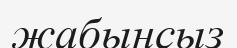
жабынсыз